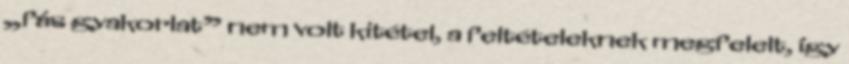
„fás gyakorlat” nem volt kitétel, a feltételeknek megfelelt, így